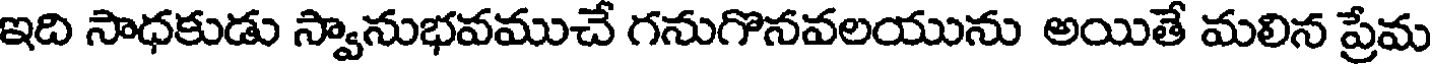
ఇది సాధకుడు స్వానుభవముచే గనుగొనవలయును అయితే మలిన ప్రేమ